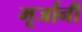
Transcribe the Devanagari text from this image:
मूर्जानी